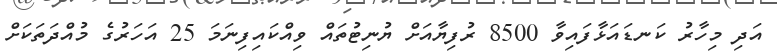
އަދި މިހާރު ކަނޑައަޅާފައިވާ 8500 ރުފިޔާއަށް ޔުނިޓުތައް ވިއްކައިފިނަމަ 25 އަހަރުގެ މުއްދަތަކަށް